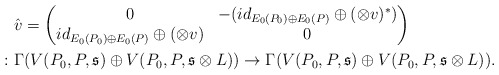
\begin{align*} &\hat{v}=\begin{pmatrix} 0 & -(id_{E_0(P_0)\oplus E_0(P)} \oplus (\otimes v)^\ast) \\ id_{E_0(P_0)\oplus E_0(P)} \oplus (\otimes v) & 0 \end{pmatrix} \\ \colon &\Gamma(V(P_0, P, \mathfrak{s})\oplus V(P_0, P, \mathfrak{s}\otimes L)) \to \Gamma(V(P_0, P, \mathfrak{s})\oplus V(P_0, P, \mathfrak{s}\otimes L)). \end{align*}